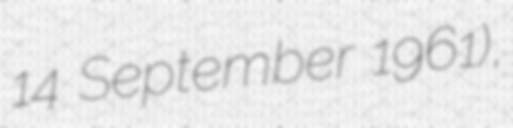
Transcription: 14 September 1961),